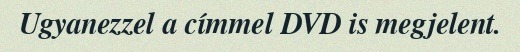
Ugyanezzel a címmel DVD is megjelent.